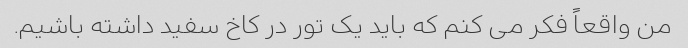
من واقعاً فکر می کنم که باید یک تور در کاخ سفید داشته باشیم.